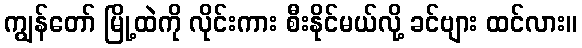
ကျွန်တော် မြို့ထဲကို လိုင်းကား စီးနိုင်မယ်လို့ ခင်ဗျား ထင်လား။